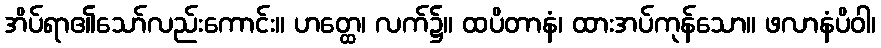
အိပ်ရာ၏သော်လည်းကောင်း။ ဟတ္ထေ၊ လက်၌။ ထပိတာနံ၊ ထားအပ်ကုန်သော။ ဖလာနံပိဝါ၊